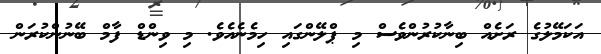
އަކަމޭލުގެ ރަށެއް ބިނާކުރުންވެސް މި ޕްލޭންގައި ހިމެނެއެވެ. މި ވިންޑް ފާމް ބޭނުންކުރަން